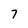
Character: 7